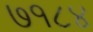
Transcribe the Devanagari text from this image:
७१८४